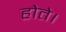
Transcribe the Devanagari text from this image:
होेते।